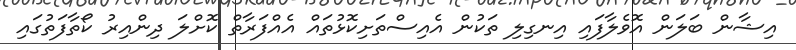
އިޝާން ބަލަން އޮވެލާފައި އިނގިލި ތަކުން އެއިސްތަށިކޮޅުތައް އެއްފަރާތް ކޮށްލަ ދިންއިރު ކޯތާފަތުގައި